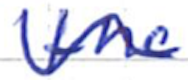
Text: the
Cross-out: wave
Writing tool: ballpoint